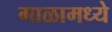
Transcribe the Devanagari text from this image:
गाळामध्ये